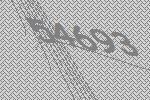
54693